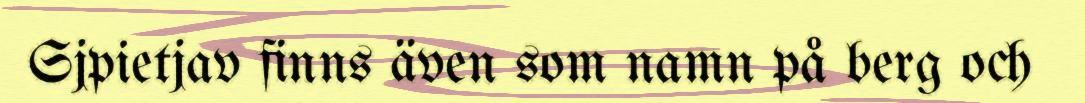
Sjpietjav finns även som namn på berg och